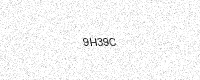
Text: 9H39C